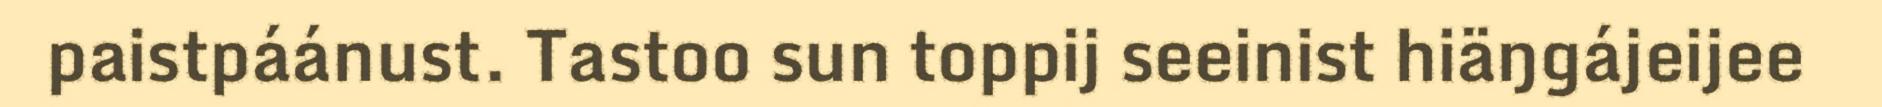
paistpáánust. Tastoo sun toppij seeinist hiäŋgájeijee